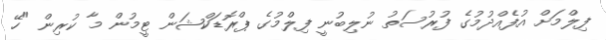
ފިލްމަށް އުފެއްދުމުގެ ފުރުސަތު ނުލިބުނީ ފިލްމުގެ ޕްރޮޑަކްޝަން ޓީމުން މާ ކުރިން "ހޭ